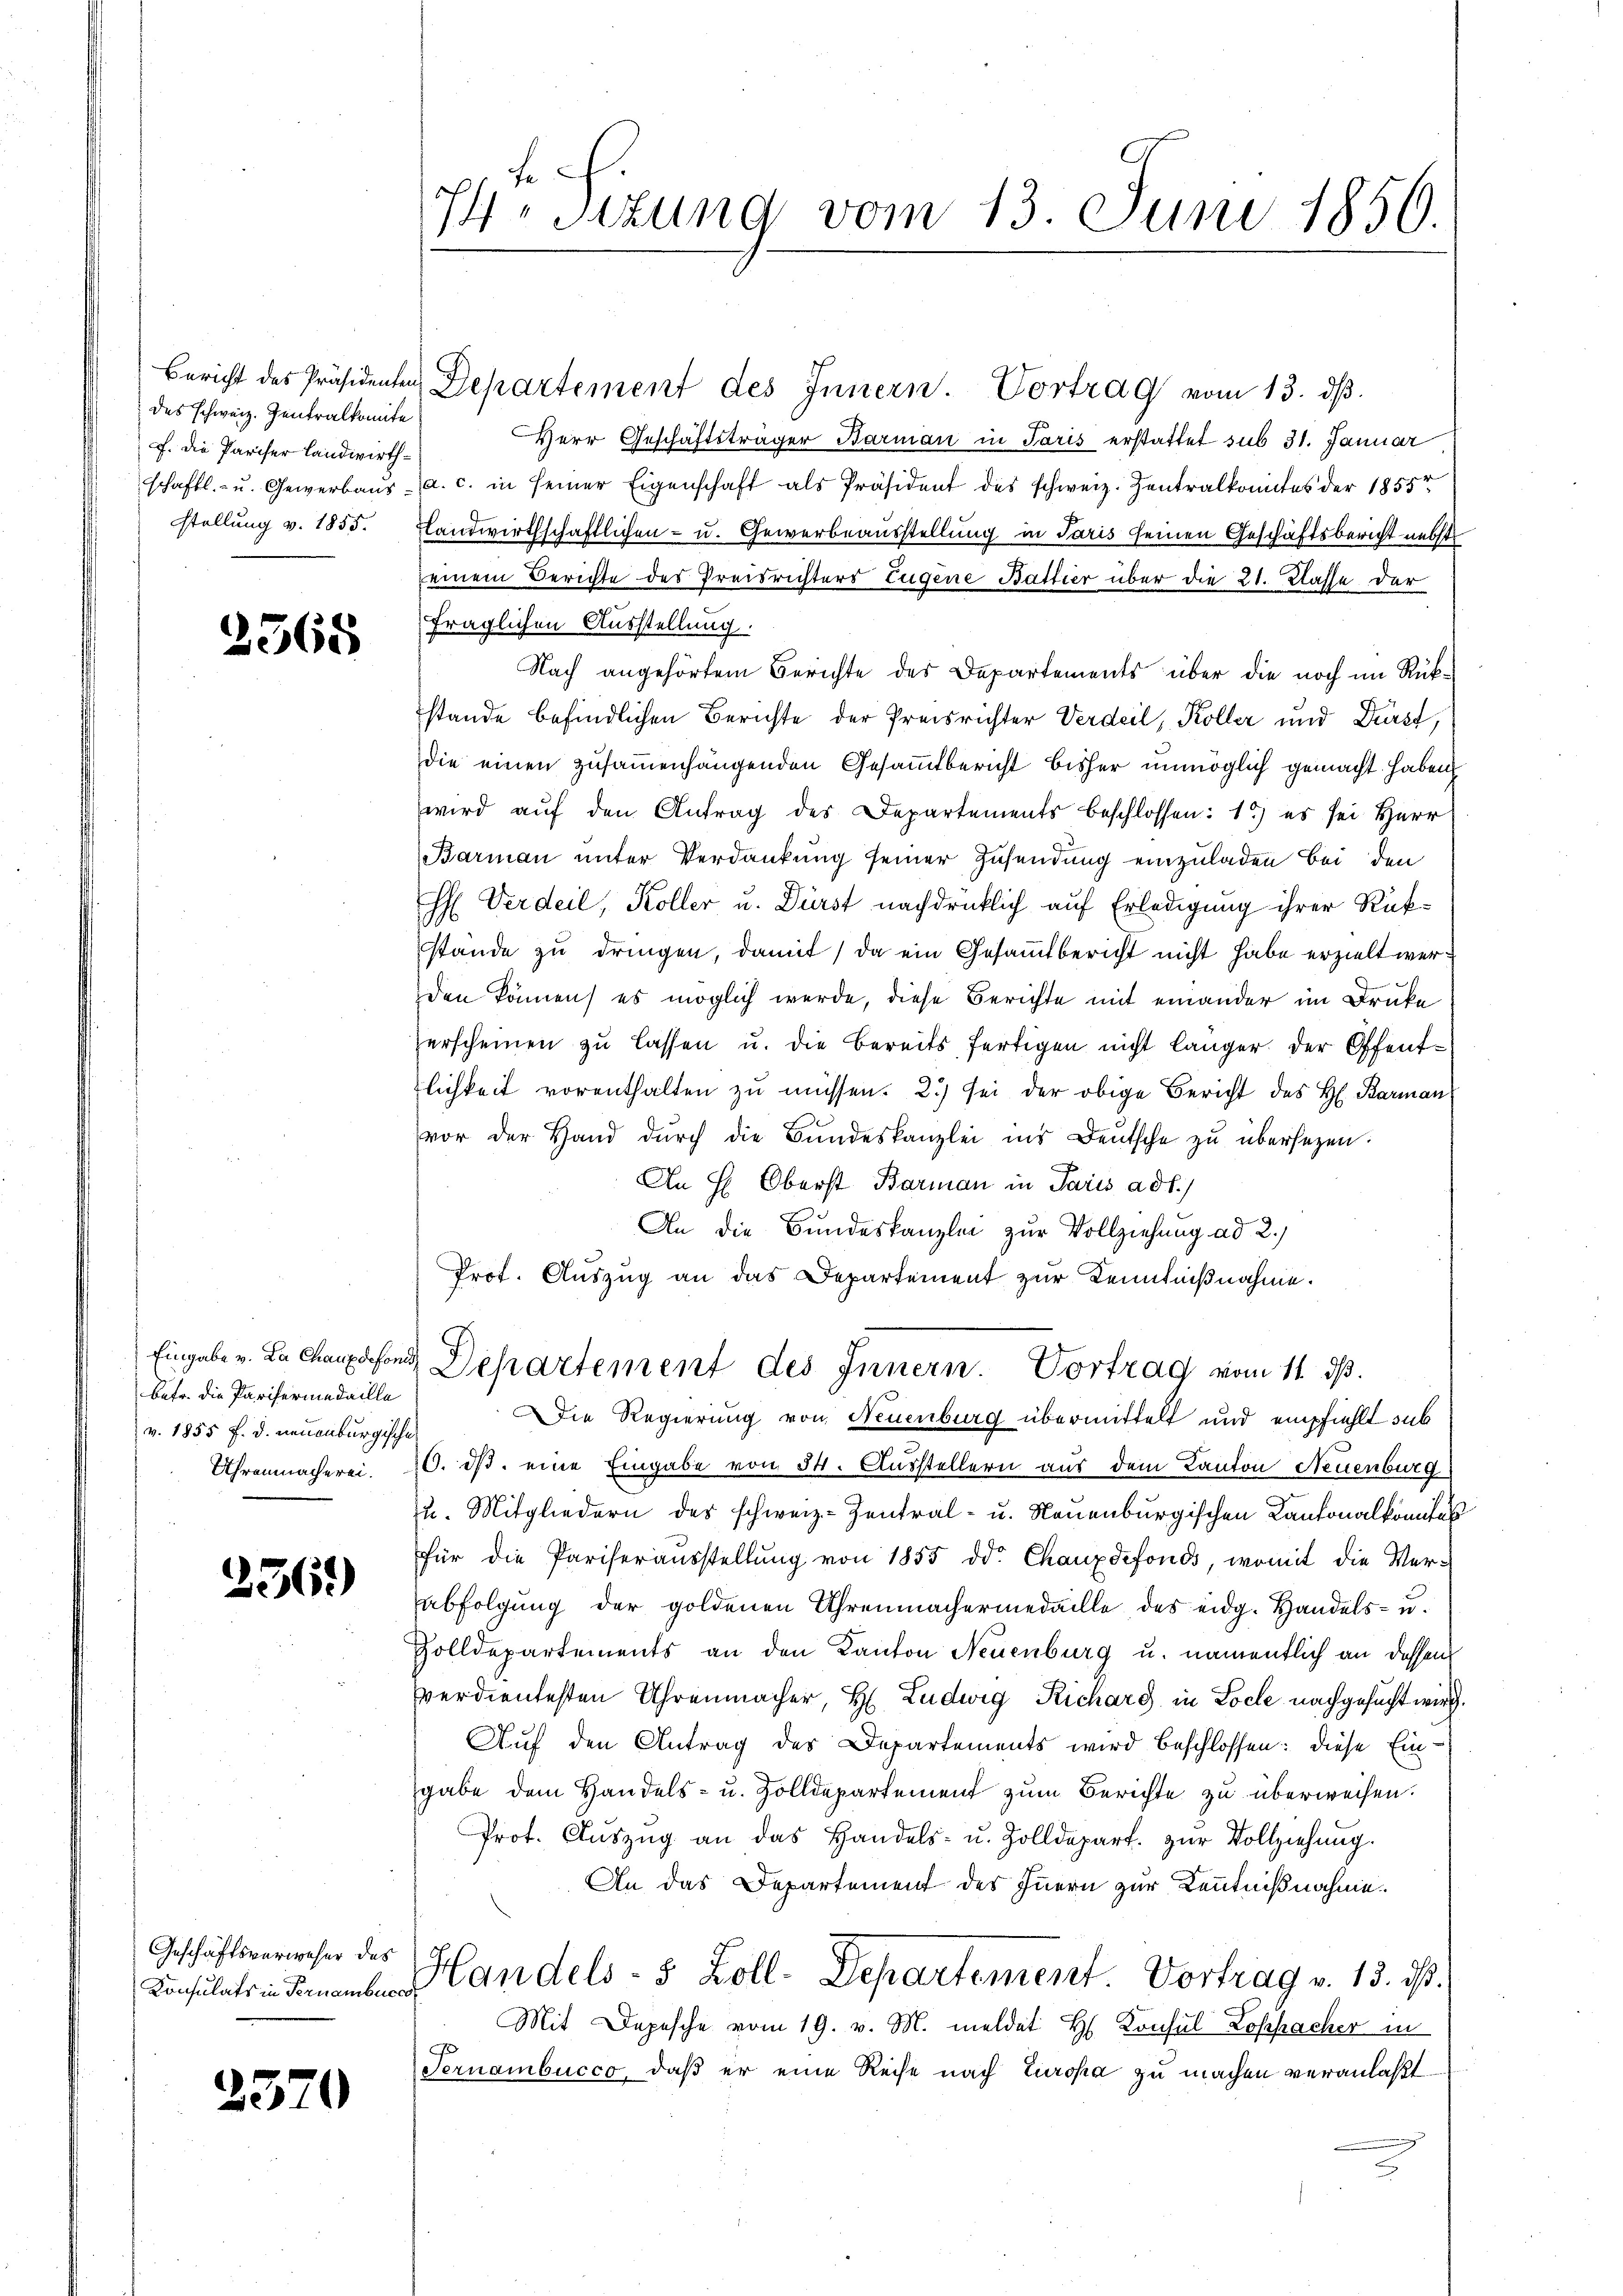
des schweiz. Zentralkomite
F. die Pariser Landwirth¬

2568

betr. die Parisermedaille
v. 1855 f. d. neuenburgische

256.)

Geschäftsverweser des

2320

Herr Geschäftsträger Barman in Paris erstattet sub 31. Januar
schaftl.- u. Gewerbaŭs a. c. in seiner Eigenschaft als Präsident des schweiz. Zentralkomites der 1855
stellung v. 1855. Landwirthschaftlichen- u. Gewerbeausstellung in Paris seinen Geschäftsbericht nebst
einem Berichte des Preisrichters Eugene Battier über die 21. Kasse der
fraglichen Ausstellung.
Nach angehörtem Berichte des Departements über die noch im Rükstande befindlichen Berichte der Preisrichter Verdeil, Koller und Dürst,
die einen zusammenhängenden Gesammtbericht bisher unmöglich gemacht haben
wird aŭf den Antrag des Departements beschlossen: 1) es sei Herr
Barman unter Verdankung seiner Zusendung einzuladen bei den
H: Verdeil, Koller u. Dürst nachdrücklich auf Erledigung ihrer Rükstände zu dringen, damit, da ein Gesammtbericht nicht habe erzielt werden können, es möglich werde, diese Berichte mit einander im Druke
zerscheinen zu lassen u. die Bereits fertigen nicht länger der Offentlichkeit vorenthalten zu müssen. 2.) sei der obige Bericht des H. Barman
vor der Hand dŭrch die Bŭndeskanzlei ins Deutsche zŭ übersetzen.
An H: Oberst Barman in Paris ad b.)
An die Bundeskanzlei zur Vollziehung ad 2.)
Prof. Auszug an das Departement zur Kenntnißnahme.
Eingaben. Le chanesend Departement des Innern. Vortrag vom 11. ds.
Die Regierung von Neuenburg übermittelt und empfiehlt sub
Uhrenmacherei. 20. ds. eine Eingabe von 34. Ausstellern aus dem Kanton Neuenburg
u. Mitgliedern des schweiz. Zentral- u. Neuenburgischen Kantonalkomites
für die Pariseraŭsstellŭng von 1855 dd. Chauxdefonds, womit die Verabfolgung der goldenen Uhrenmachermedaille des eidg. Handels- u.
Zolldepartements an den Kanton Neuenburg u. namentlich an dessen
verdientesten Uhrenmacher, H. Ludwig Richard in Loche nachgesucht wird.
Auf den Antrag des Departements wird beschlossen: diese Eingabe dem Handels- u. Zolldepartement zum Berichte zu überweisen.
Prot. Aŭszŭg an das Handels- u. Zolldepart. zŭr Vollziehŭng.
An das Departement des Innern zur Kenntnißnahme.
 Handels- 8 Zoll-Departement. Vortrag v. 13. ds.
Mit Depesche vom 19. v. M. meldet H. Konsul Lospacher in
Pernambucco, daß er eine Reise nach Europa zu machen veranlaßt

74. Sitzung vom 13. Juni 1856.

Bericht des Präsidenten Departement des Innern. Vortrag vom 13. dβ.